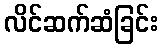
လိင်ဆက်ဆံခြင်း